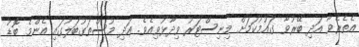
އެތެރެވާ އަދި ބޭރުވާ ގައުމުކަމަށް މިނިސްޓަރު ވިދާޅުވިއެވެ. އަދި މުސްތަގުބަލުގައި އެންމެ ބޮޑު